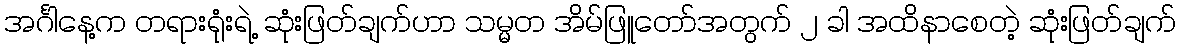
အင်္ဂါနေ့က တရားရုံးရဲ့ ဆုံးဖြတ်ချက်ဟာ သမ္မတ အိမ်ဖြူတော်အတွက် ၂ ခါ အထိနာစေတဲ့ ဆုံးဖြတ်ချက်